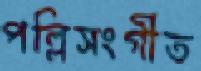
পল্লিসংগীত